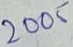
Text: 2005